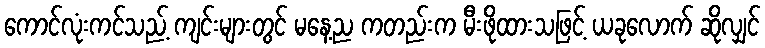
ကောင်လုံးကင်သည့် ကျင်းများတွင် မနေ့ည ကတည်းက မီးဖိုထားသဖြင့် ယခုလောက် ဆိုလျှင်